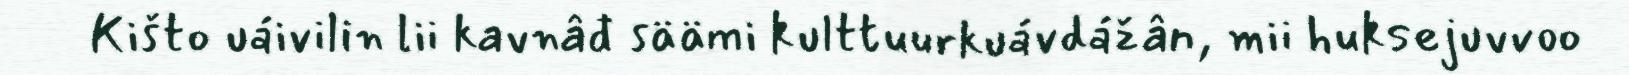
Kišto uáivilin lii kavnâđ säämi kulttuurkuávdážân, mii huksejuvvoo